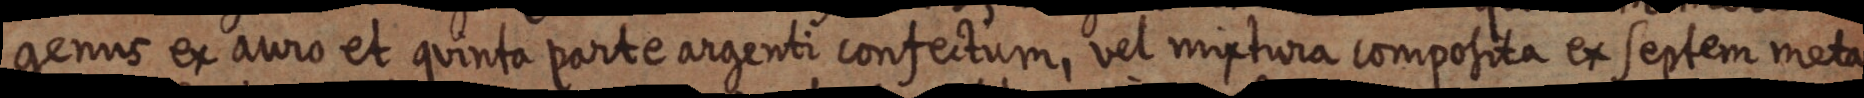
genus ex auro et quinta parte argenti confectum, vel mixtura composita ex septem meta